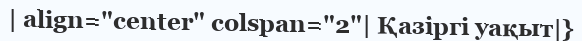
| align="center" colspan="2"| Қазіргі уақыт|}